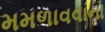
મમળાવવાનો